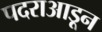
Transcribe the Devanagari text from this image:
पदराआडून